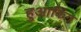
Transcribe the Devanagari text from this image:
हुआकिंग